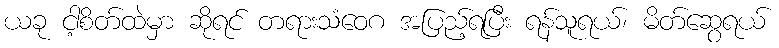
ယခု ငါ့စိတ်ထဲမှာ ဆိုရင် တရားသံဝေဂ အပြည့်ရပြီး ရန်သူရယ်၊ မိတ်ဆွေရယ်